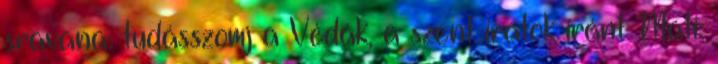
sravana: tudásszomj a Védák, a szent iratok iránt Mati: